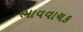
ભાવવાચક